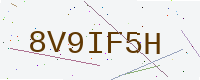
Text: 8V9IF5H